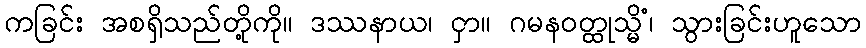
ကခြင်း အစရှိသည်တို့ကို။ ဒဿနာယ၊ ငှာ။ ဂမနဝတ္ထုသ္မိံ၊ သွားခြင်းဟူသော